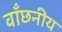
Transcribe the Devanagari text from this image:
वाँछनीय